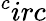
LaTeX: ^circ